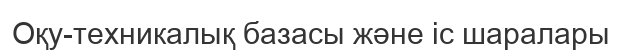
Оқу-техникалық базасы және іс шаралары